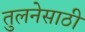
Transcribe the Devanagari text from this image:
तुलनेसाठी